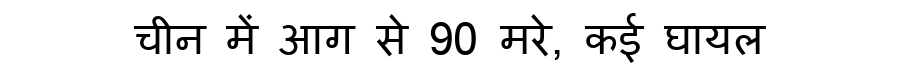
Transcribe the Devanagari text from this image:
चीन में आग से 90 मरे, कई घायल